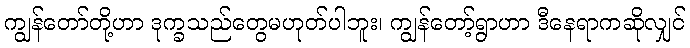
ကျွန်တော်တို့ဟာ ဒုက္ခသည်တွေမဟုတ်ပါဘူး၊ ကျွန်တော့်ရွာဟာ ဒီနေရာကဆိုလျှင်